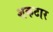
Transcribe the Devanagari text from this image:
शकटार